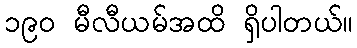
၁၉၀ မီလီယမ်အထိ ရှိပါတယ်။